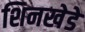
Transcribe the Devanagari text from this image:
शिनखेडे